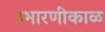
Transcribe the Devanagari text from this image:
उभारणीकाळ